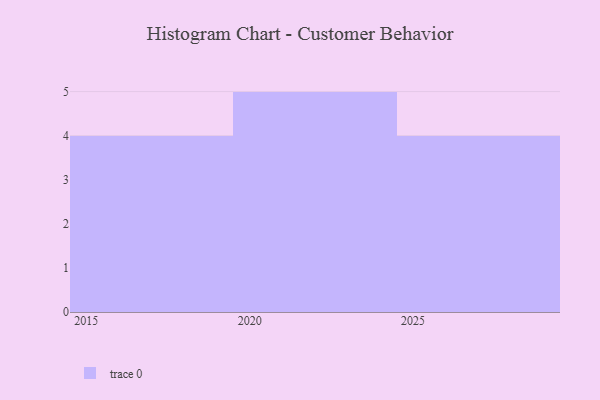
{"axis": {"x": "Year", "y": "Energy Usage (MWh)"}, "legend": [""], "data": [{"x": "2015", "y": 5, "type": ""}, {"x": "2019", "y": 70, "type": ""}, {"x": "2028", "y": 8, "type": ""}, {"x": "2024", "y": 14, "type": ""}, {"x": "2026", "y": 65, "type": ""}, {"x": "2022", "y": 69, "type": ""}, {"x": "2016", "y": 39, "type": ""}, {"x": "2017", "y": 74, "type": ""}, {"x": "2023", "y": 99, "type": ""}, {"x": "2025", "y": 11, "type": ""}, {"x": "2029", "y": 48, "type": ""}, {"x": "2021", "y": 39, "type": ""}, {"x": "2020", "y": 53, "type": ""}]}